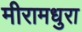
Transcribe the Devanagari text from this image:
मीरामधुरा